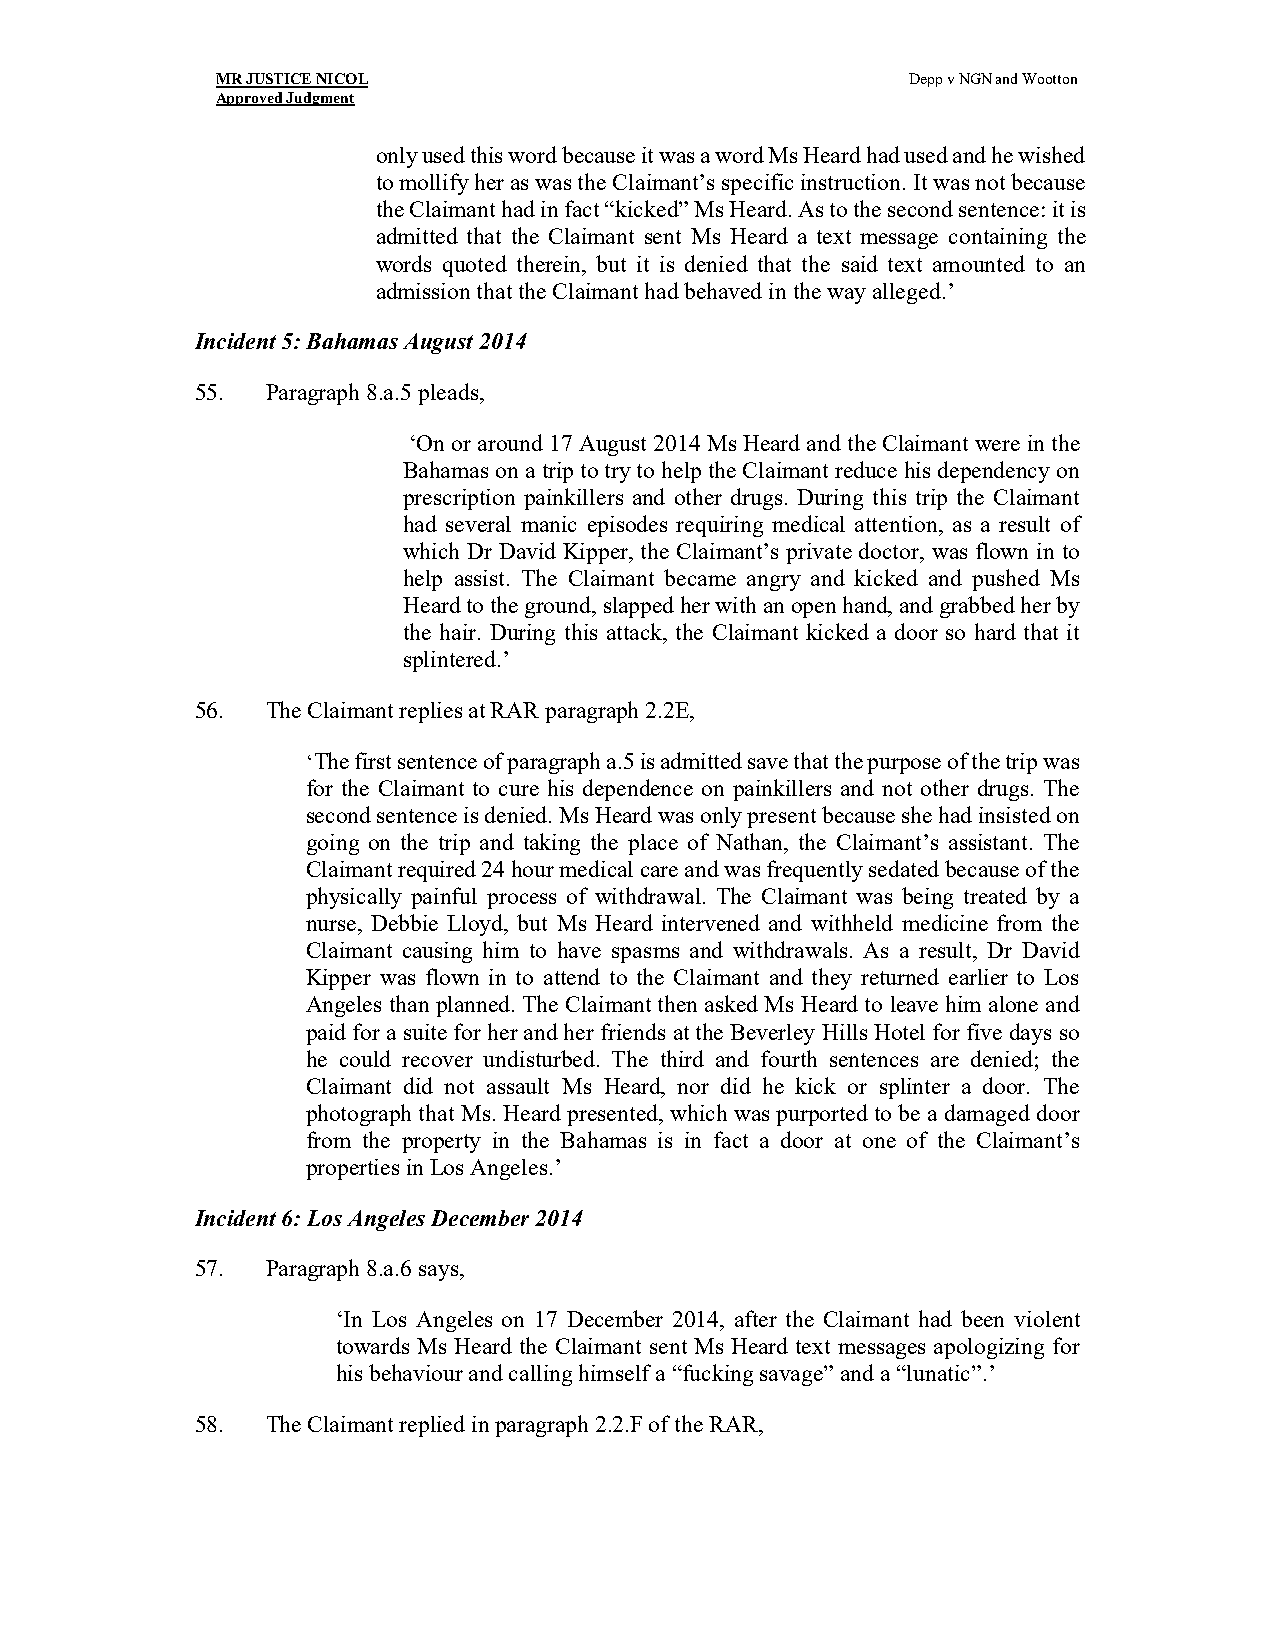
MR JUSTICE NICOL                              Depp v NGN and Wootton
 Approved Judgment
 only used this word because it was a word Ms Heard had used and he wished
 to mollify her as was the Claimant’s specific instruction. It was not because
 the Claimant had in fact “kicked” Ms Heard. As to the second sentence: it is
 admitted that the Claimant sent Ms Heard a text message containing the
 words quoted therein, but it is denied that the said text amounted to an
 admission that the Claimant had behaved in the way alleged.’
 Incident 5: Bahamas August 2014
 55.  Paragraph 8.a.5 pleads,
 ‘On or around 17 August 2014 Ms Heard and the Claimant were in the
 Bahamas on a trip to try to help the Claimant reduce his dependency on
 prescription painkillers and other drugs. During this trip the Claimant
 had several manic episodes requiring medical attention, as a result of
 which Dr David Kipper, the Claimant’s private doctor, was flown in to
 help assist. The Claimant became angry and kicked and pushed Ms
 Heard to the ground, slapped her with an open hand, and grabbed her by
 the hair. During this attack, the Claimant kicked a door so hard that it
 splintered.’
 56.  The Claimant replies at RAR paragraph 2.2E,
 ‘The first sentence of paragraph a.5 is admitted save that the purpose of the trip was
 for the Claimant to cure his dependence on painkillers and not other drugs. The
 second sentence is denied. Ms Heard was only present because she had insisted on
 going on the trip and taking the place of Nathan, the Claimant’s assistant. The
 Claimant required 24 hour medical care and was frequently sedated because of the
 physically painful process of withdrawal. The Claimant was being treated by a
 nurse, Debbie Lloyd, but Ms Heard intervened and withheld medicine from the
 Claimant causing him to have spasms and withdrawals. As a result, Dr David
 Kipper was flown in to attend to the Claimant and they returned earlier to Los
 Angeles than planned. The Claimant then asked Ms Heard to leave him alone and
 paid for a suite for her and her friends at the Beverley Hills Hotel for five days so
 he could recover undisturbed. The third and fourth sentences are denied; the
 Claimant did not assault Ms Heard, nor did he kick or splinter a door. The
 photograph that Ms. Heard presented, which was purported to be a damaged door
 from the property in the Bahamas is in fact a door at one of the Claimant’s
 properties in Los Angeles.’
 Incident 6: Los Angeles December 2014
 57.  Paragraph 8.a.6 says,
 ‘In Los Angeles on 17 December 2014, after the Claimant had been violent
 towards Ms Heard the Claimant sent Ms Heard text messages apologizing for
 his behaviour and calling himself a “fucking savage” and a “lunatic”.’
 58.  The Claimant replied in paragraph 2.2.F of the RAR,